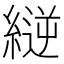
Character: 縌